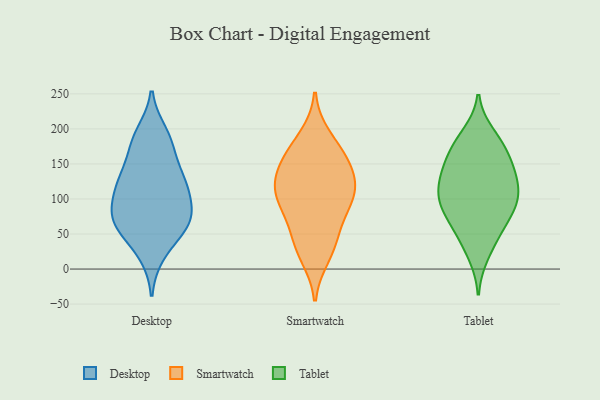
{"axis": {"x": "Headcount", "y": "Value"}, "legend": ["Desktop", "Smartwatch", "Tablet"], "data": [{"x": "", "y": 121, "type": "Desktop"}, {"x": "", "y": 75, "type": "Desktop"}, {"x": "", "y": 91, "type": "Desktop"}, {"x": "", "y": 62, "type": "Desktop"}, {"x": "", "y": 122, "type": "Desktop"}, {"x": "", "y": 52, "type": "Desktop"}, {"x": "", "y": 120, "type": "Desktop"}, {"x": "", "y": 183, "type": "Desktop"}, {"x": "", "y": 76, "type": "Desktop"}, {"x": "", "y": 69, "type": "Desktop"}, {"x": "", "y": 21, "type": "Desktop"}, {"x": "", "y": 133, "type": "Desktop"}, {"x": "", "y": 168, "type": "Desktop"}, {"x": "", "y": 194, "type": "Desktop"}, {"x": "", "y": 39, "type": "Smartwatch"}, {"x": "", "y": 125, "type": "Smartwatch"}, {"x": "", "y": 114, "type": "Smartwatch"}, {"x": "", "y": 87, "type": "Smartwatch"}, {"x": "", "y": 19, "type": "Smartwatch"}, {"x": "", "y": 127, "type": "Smartwatch"}, {"x": "", "y": 188, "type": "Smartwatch"}, {"x": "", "y": 163, "type": "Smartwatch"}, {"x": "", "y": 110, "type": "Smartwatch"}, {"x": "", "y": 78, "type": "Smartwatch"}, {"x": "", "y": 39, "type": "Smartwatch"}, {"x": "", "y": 156, "type": "Smartwatch"}, {"x": "", "y": 101, "type": "Smartwatch"}, {"x": "", "y": 159, "type": "Smartwatch"}, {"x": "", "y": 146, "type": "Tablet"}, {"x": "", "y": 160, "type": "Tablet"}, {"x": "", "y": 48, "type": "Tablet"}, {"x": "", "y": 20, "type": "Tablet"}, {"x": "", "y": 75, "type": "Tablet"}, {"x": "", "y": 117, "type": "Tablet"}, {"x": "", "y": 83, "type": "Tablet"}, {"x": "", "y": 182, "type": "Tablet"}, {"x": "", "y": 122, "type": "Tablet"}, {"x": "", "y": 50, "type": "Tablet"}, {"x": "", "y": 147, "type": "Tablet"}, {"x": "", "y": 100, "type": "Tablet"}, {"x": "", "y": 133, "type": "Tablet"}, {"x": "", "y": 175, "type": "Tablet"}, {"x": "", "y": 88, "type": "Tablet"}, {"x": "", "y": 192, "type": "Tablet"}, {"x": "", "y": 113, "type": "Tablet"}, {"x": "", "y": 93, "type": "Tablet"}]}